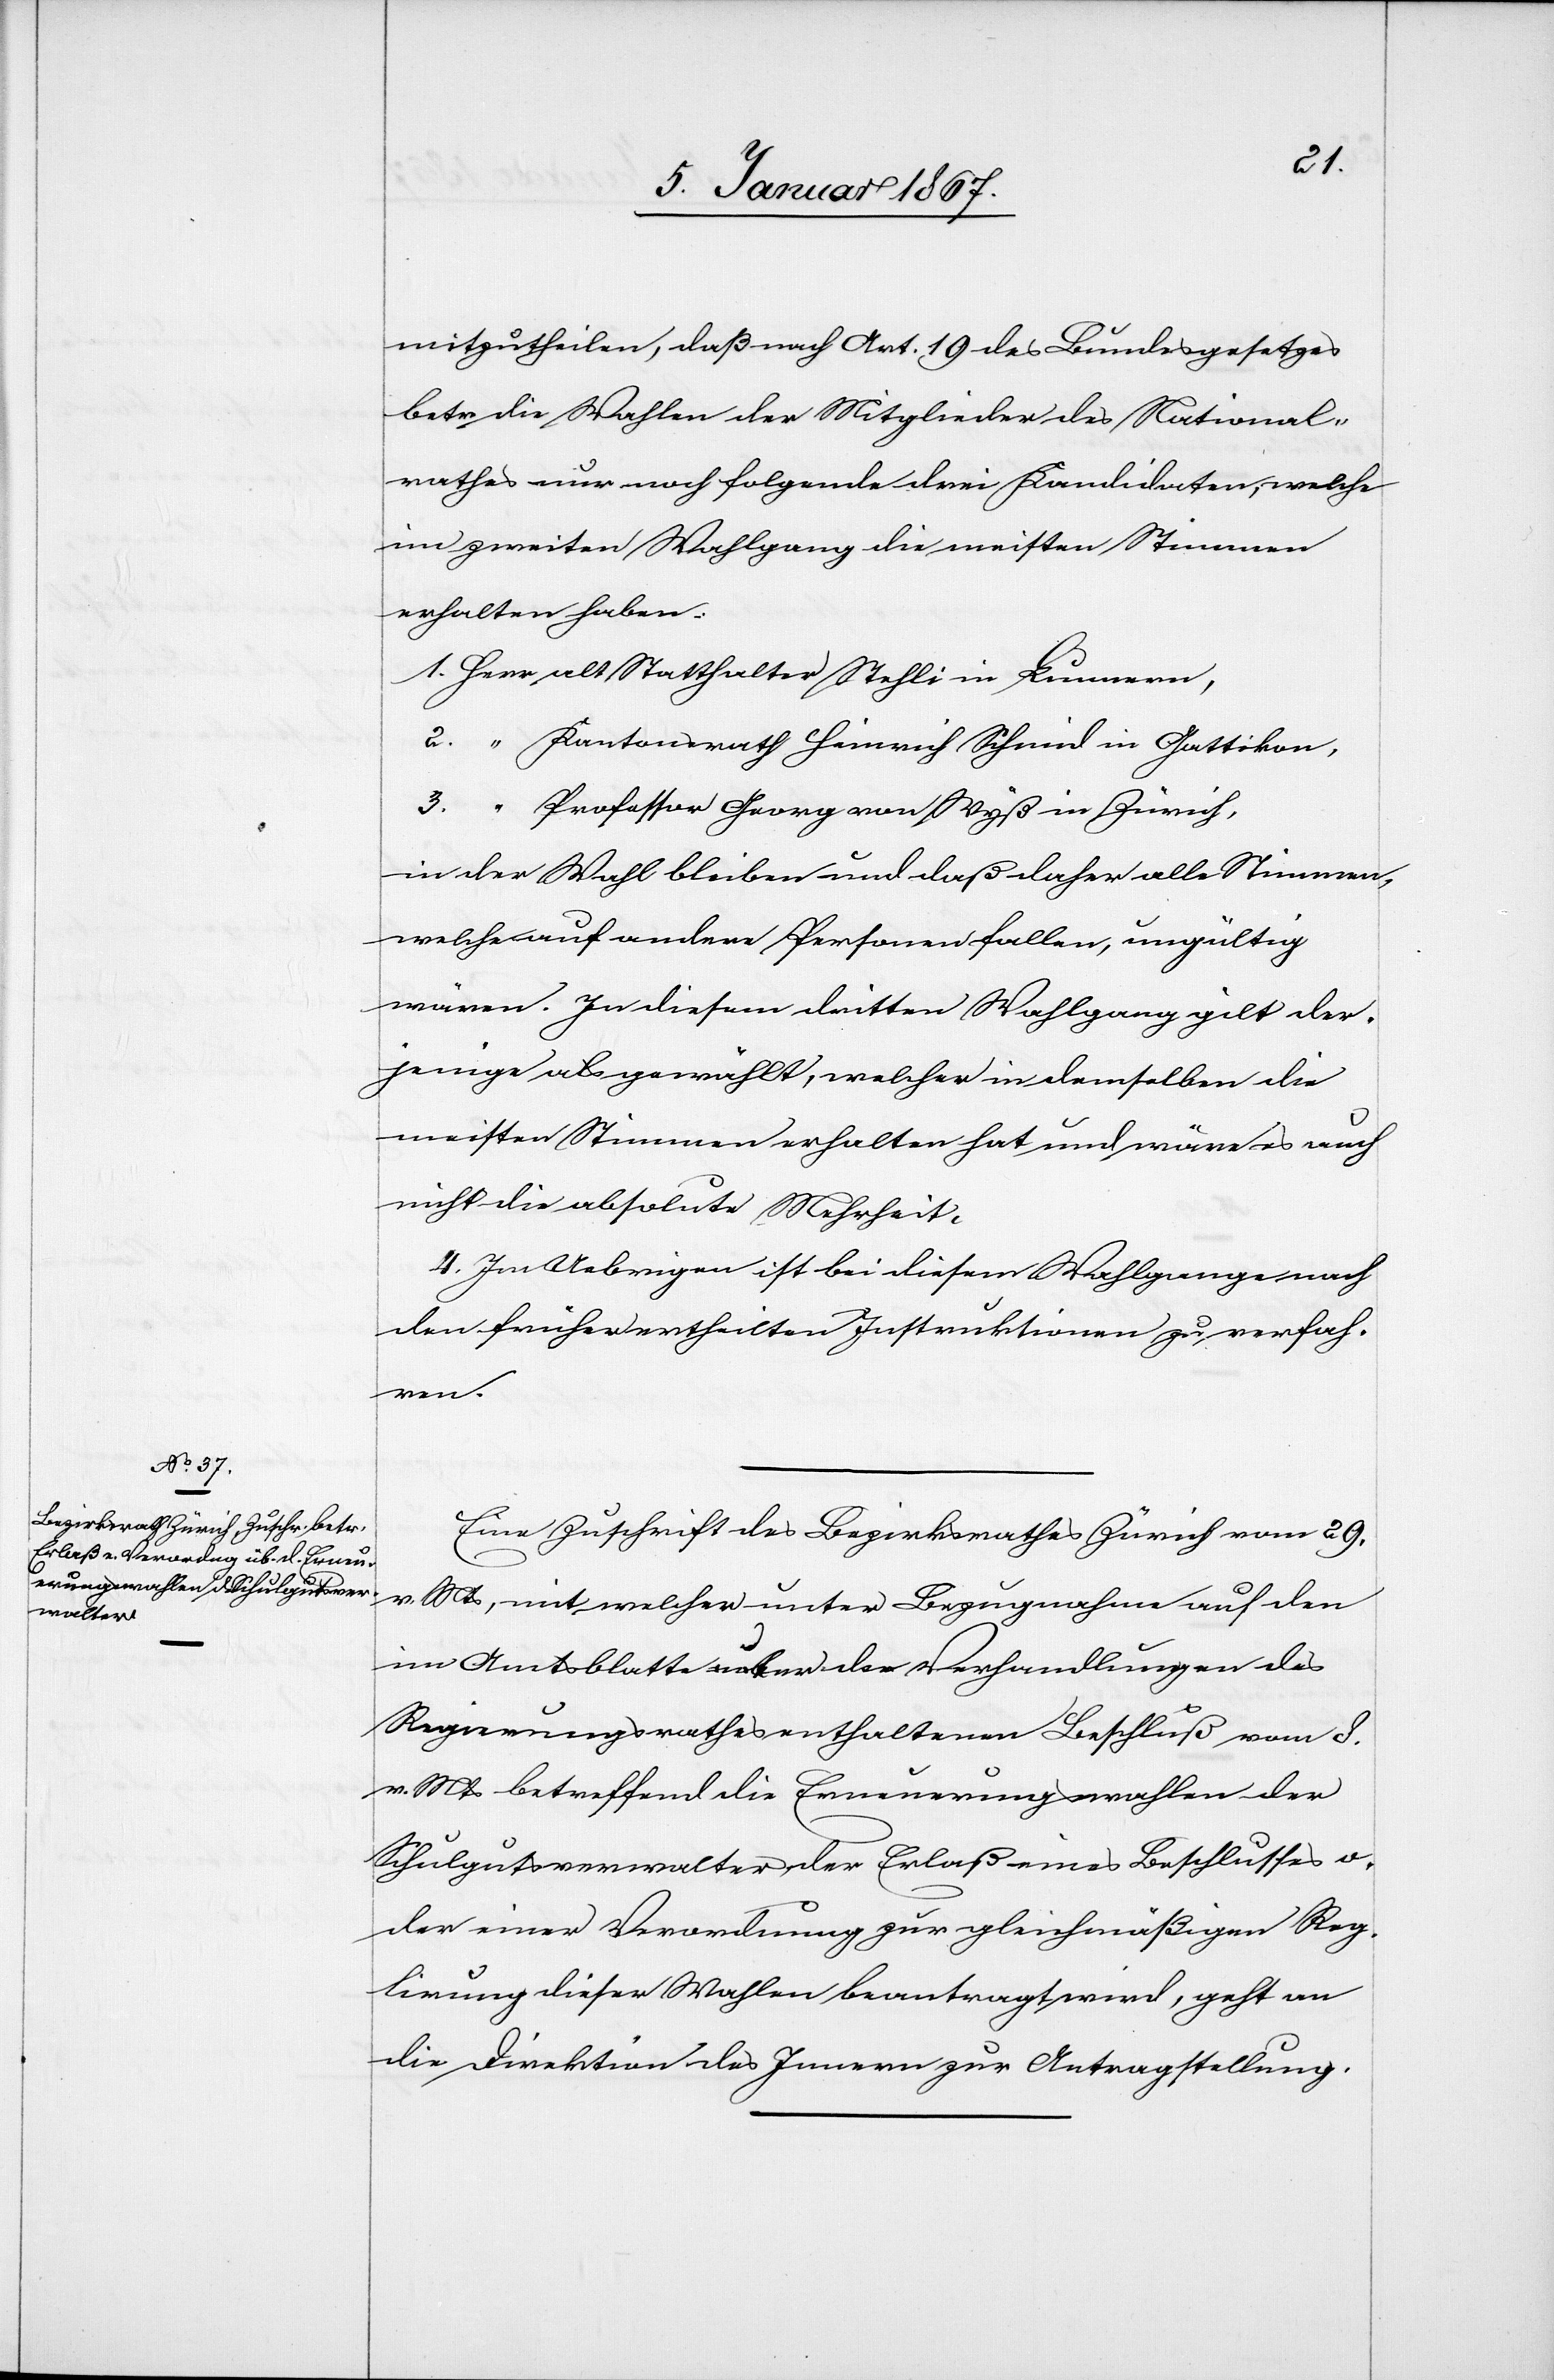
10. Januar 1867.]
mitzutheilen, daß nach Art. 19 des Bundesgesetzes
betr. die Wahlen der Mitglieder des National¬
rathes nur noch folgende drei Kandidaten, welche
im zweiten Wahlgang die meisten Stimmen
erhalten haben:
1. Herr alt Statthalter Stehli in Lunnern,
2. 	‟	Kantonsrath Heinrich Schmid in Gattikon,
3. 	‟	Professor Georg von Wyß in Zürich,
in der Wahl bleiben und daß daher alle Stimmen,
welche auf andere Personen fallen, ungültig
wären. In diesem dritten Wahlgang gilt der¬
jenige als gewählt, welcher in demselben die
meisten Stimmen erhalten hat und wäre es auch
nicht die absolute Mehrheit.
4. Im Uebrigen ist bei diesem Wahlgange nach
den früher ertheilten Instruktionen zu verfah¬
ren.
Eine Zuschrift des Bezirksrathes Zürich vom 29.
v. Mts, mit welcher unter Bezugnahme auf den
im Amtsblatte unter den Verhandlungen des
Regierungsrathes enthaltenen Beschluß vom 8.
v. Mts betreffend die Erneuerungswahlen der
Schulgutsverwalter, der Erlaß eines Beschlusses o¬
der einer Verordnung zur gleichmäßigen Reg¬
lirung dieser Wahlen beantragt wird, geht an
die Direktion des Innern zu Antragstellung.